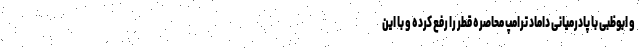
و ابوظبی با پادرمیانی داماد ترامپ محاصره قطر را رفع کرده و با این